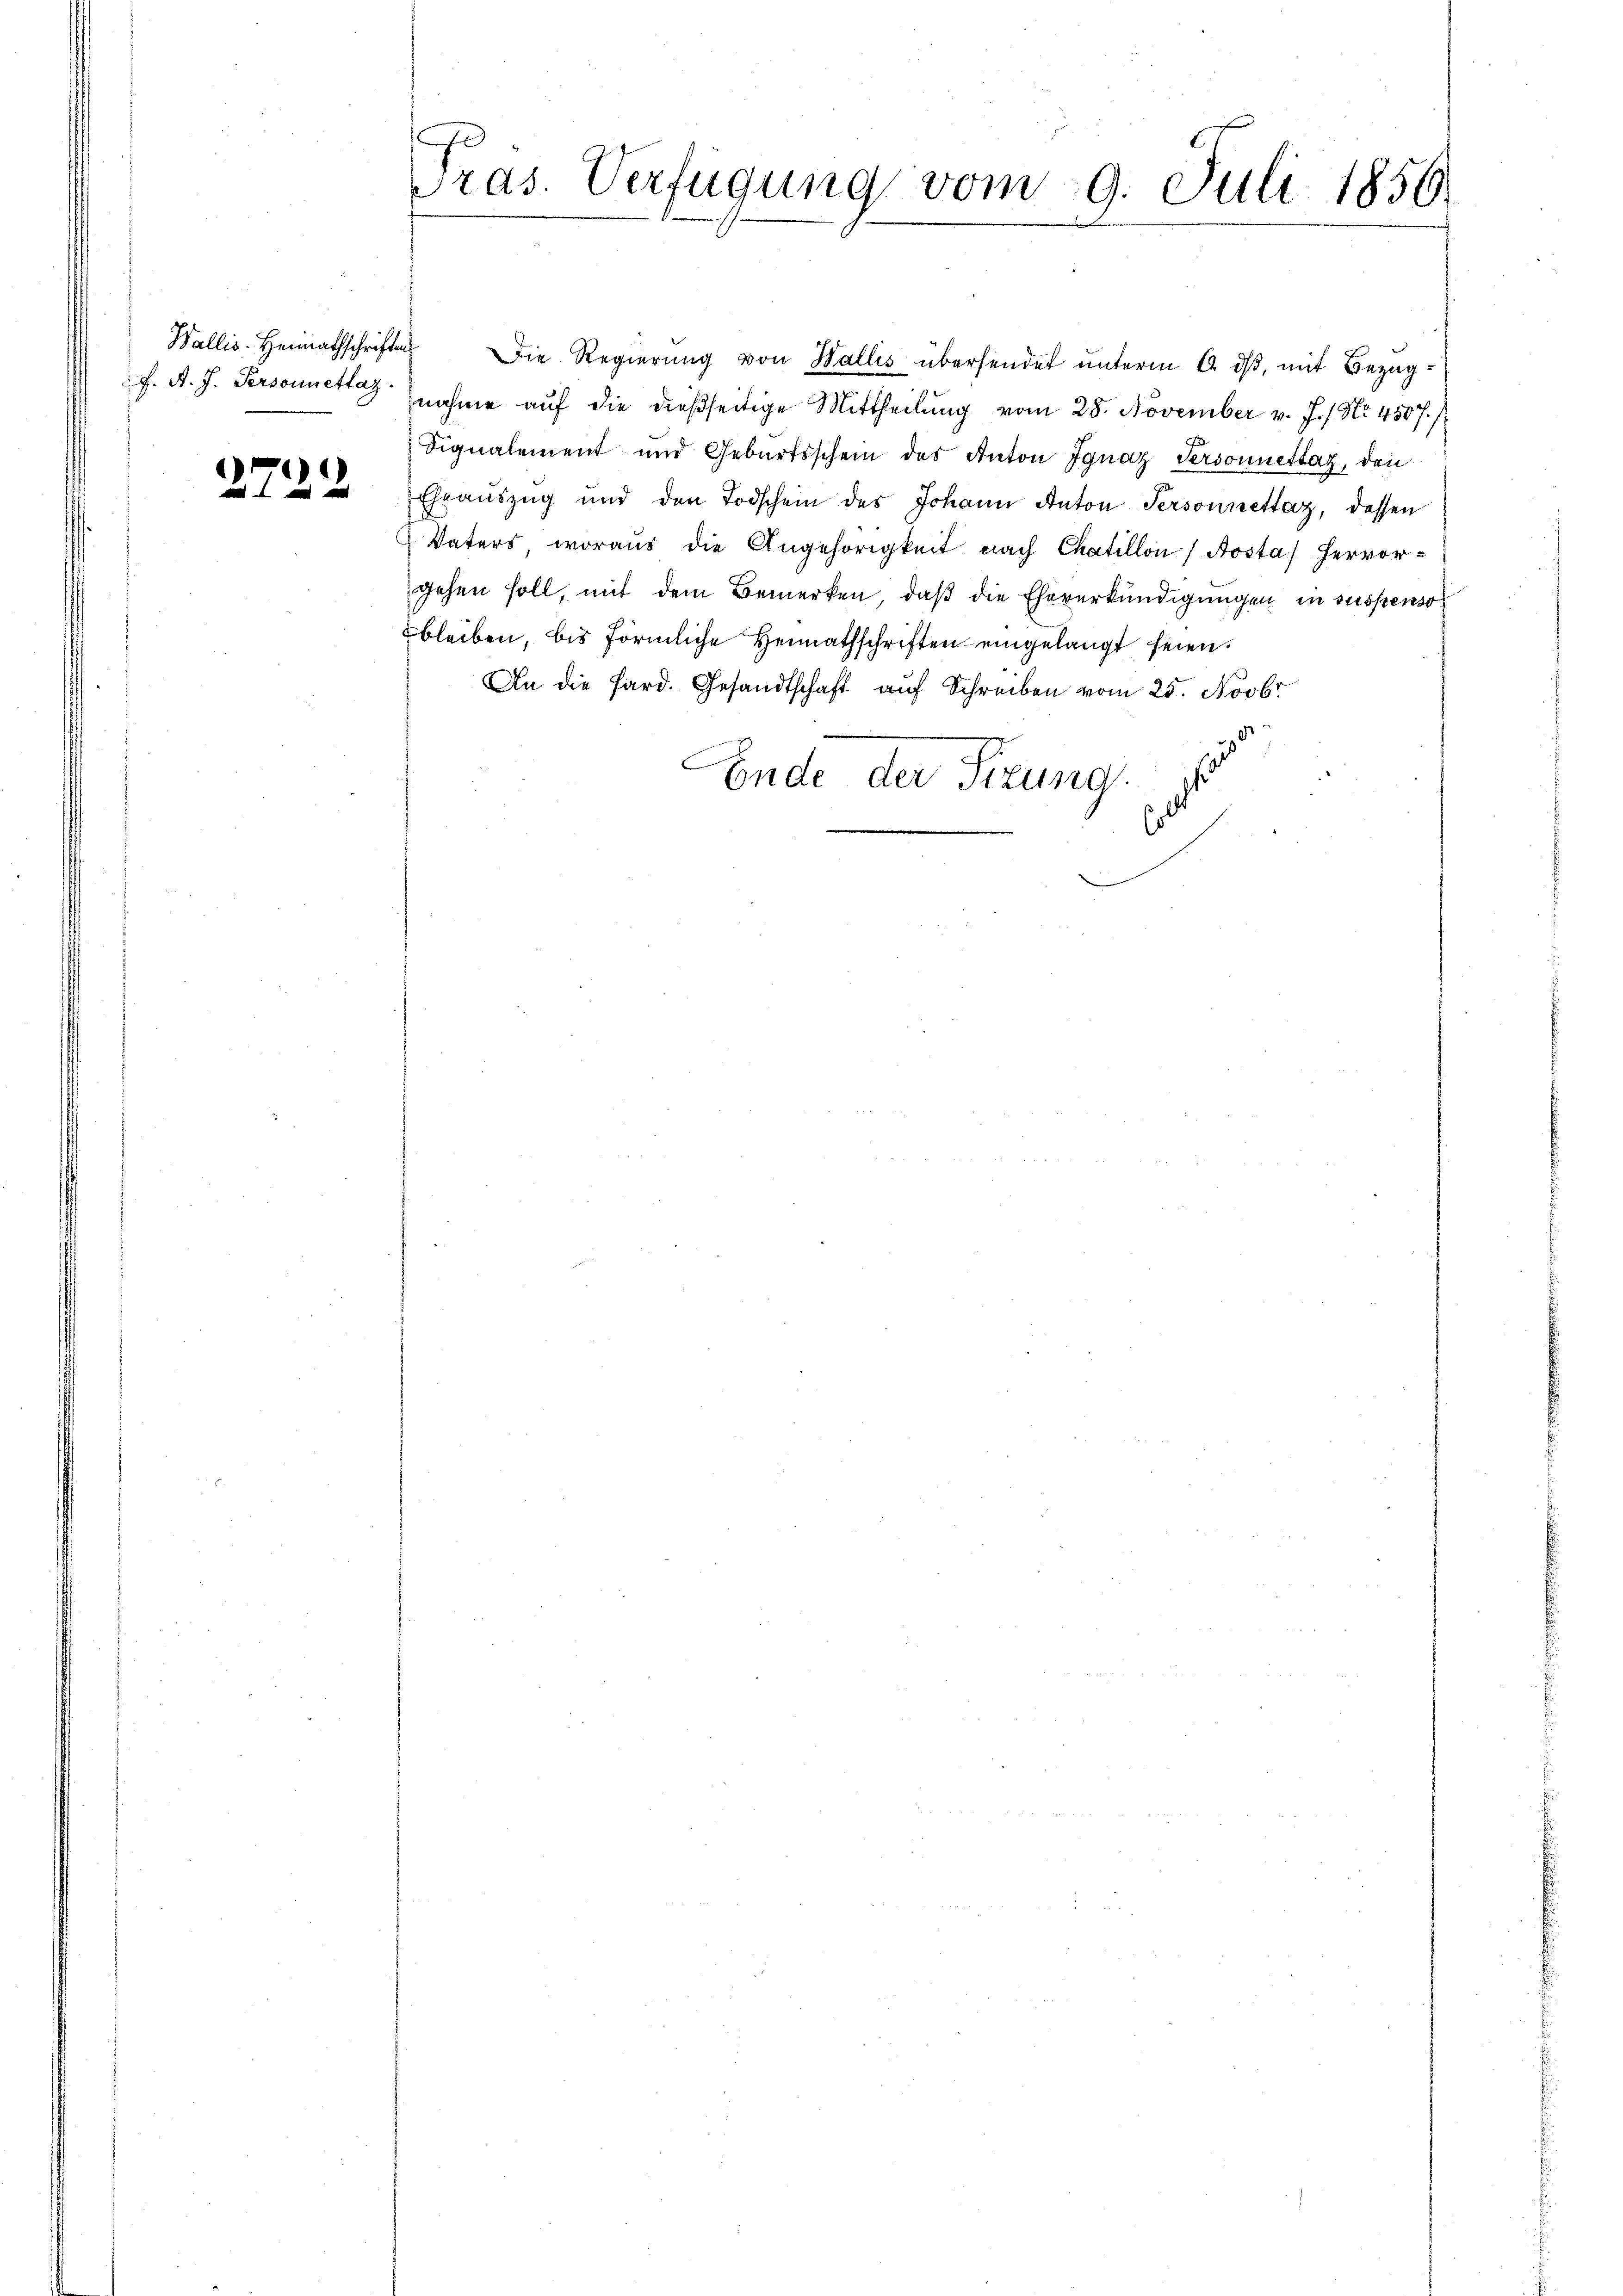
2722

i
ras. Verfügung vom 9. Juli 1856.

Wallis. Heimathschriften. Die Regierŭng von Wallis übersendet unterm 6. dβ, mit Bezugf. A. J. Personnett nahme auf die dießseitige Mittheilung vom 28. November v. J. / No. 4507.
Signalement und Geburtsschein des Anton Ignaz Personnettag, den
Ehrauszug und den Todschein des Johann Anton Personnettaz, dessen
Vaters, woraus die Angehörigkeit nach Chaillon Aosta) hervor-
gehen soll, mit dem Bemerken, daß die Eheverkündigungen in suspenso
bleiben, bis förmliche Heimathschriften eingelangt seien.
An die Pard. Gesandtschaft auf Schreiben vom 25. Novbr
.
h
Ende der Sitzung.
ol